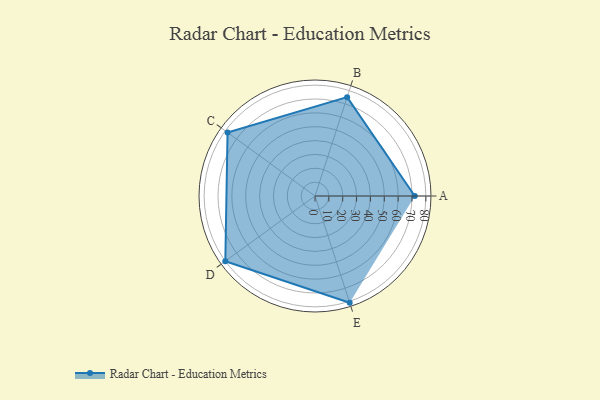
{"axis": {"x": "Skill", "y": "Score"}, "legend": ["Profile"], "data": [{"x": "A", "y": 72.0, "type": "Profile"}, {"x": "B", "y": 75.0, "type": "Profile"}, {"x": "C", "y": 78.0, "type": "Profile"}, {"x": "D", "y": 80.0, "type": "Profile"}, {"x": "E", "y": 81.0, "type": "Profile"}]}